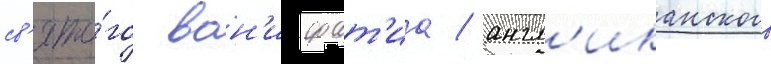
св'ято́го вон'ифат'иа / англ'иканского